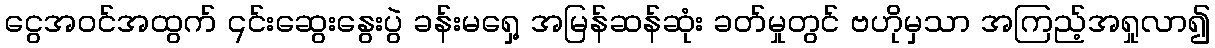
ငွေအဝင်အထွက် ၎င်းဆွေးနွေးပွဲ ခန်းမရှေ့ အမြန်ဆန်ဆုံး ခတ်မှုတွင် ဗဟိုမှသာ အကြည့်အရှုလာ၍